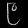
Digit: ၉